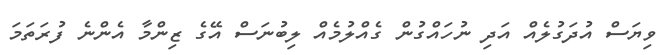
ވިޔަސް އުދަގުލެއް އަދި ނުހައްގުން ގެއްލުމެއް ލިބުނަސް އޭގެ ޒިންމާ އެންނެ ފުރަތަމަ